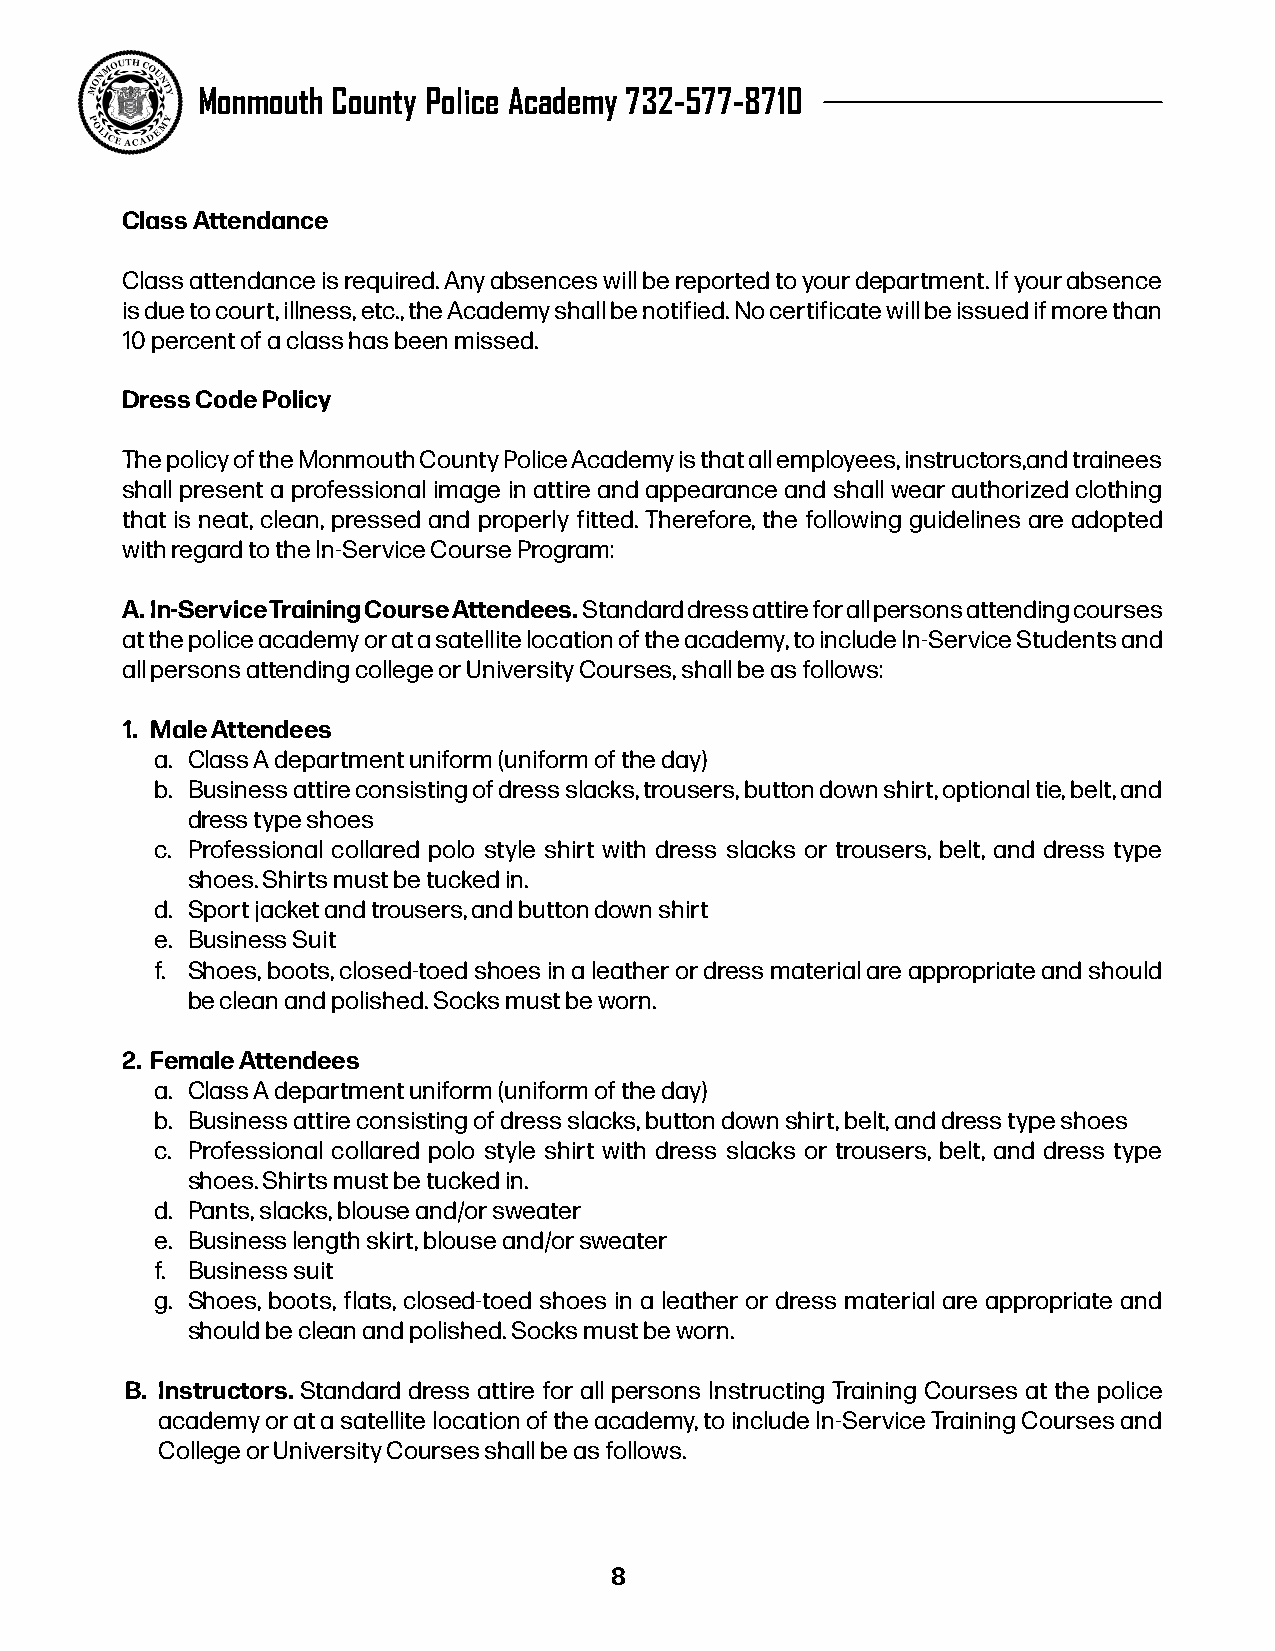
Monmouth County Police Academy 732-577-8710
 Class Attendance
 Class attendance is required. Any absences will be reported to your department. If your absence
 is due to court, illness, etc., the Academy shall be notified. No certificate will be issued if more than
 10 percent of a class has been missed.
 Dress Code Policy
 The policy of the Monmouth County Police Academy is that all employees, instructors,and trainees
 shall present a professional image in attire and appearance and shall wear authorized clothing
 that is neat, clean, pressed and properly fitted. Therefore, the following guidelines are adopted
 with regard to the In-Service Course Program:
 A. In-Service Training Course Attendees. Standard dress attire for all persons attending courses
 at the police academy or at a satellite location of the academy, to include In-Service Students and
 all persons attending college or University Courses, shall be as follows:
 1. Male Attendees
 a. Class A department uniform (uniform of the day)
 b. Business attire consisting of dress slacks, trousers, button down shirt, optional tie, belt, and
 dress type shoes
 c. Professional collared polo style shirt with dress slacks or trousers, belt, and dress type
 shoes. Shirts must be tucked in.
 d. Sport jacket and trousers, and button down shirt
 e. Business Suit
 f. Shoes, boots, closed-toed shoes in a leather or dress material are appropriate and should
 be clean and polished. Socks must be worn.
 2. Female Attendees
 a. Class A department uniform (uniform of the day)
 b. Business attire consisting of dress slacks, button down shirt, belt, and dress type shoes
 c. Professional collared polo style shirt with dress slacks or trousers, belt, and dress type
 shoes. Shirts must be tucked in.
 d. Pants, slacks, blouse and/or sweater
 e. Business length skirt, blouse and/or sweater
 f. Business suit
 g. Shoes, boots, flats, closed-toed shoes in a leather or dress material are appropriate and
 should be clean and polished. Socks must be worn.
 B. Instructors. Standard dress attire for all persons Instructing Training Courses at the police
 academy or at a satellite location of the academy, to include In-Service Training Courses and
 College or University Courses shall be as follows.
 8